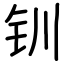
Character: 钏